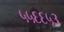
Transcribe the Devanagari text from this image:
५५६६५३